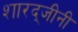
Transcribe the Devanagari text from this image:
शारद्जीनी